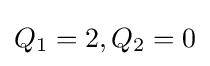
Q_{1}=2,Q_{2}=0